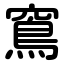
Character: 窵